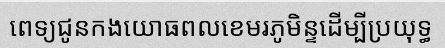
ពេទ្យជូនកងយោធពលខេមរភូមិន្ទដើម្បីប្រយុទ្ធ